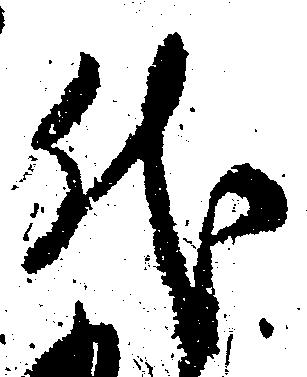
代